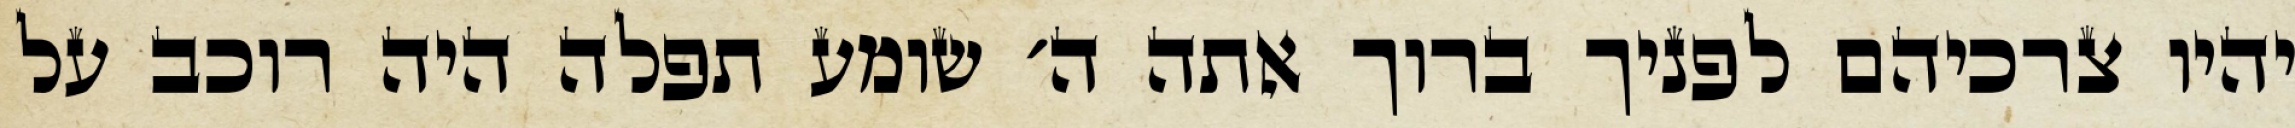
יהיו צרכיהם לפניך ברוך אתה ה׳ שומע תפלה היה רוכב על